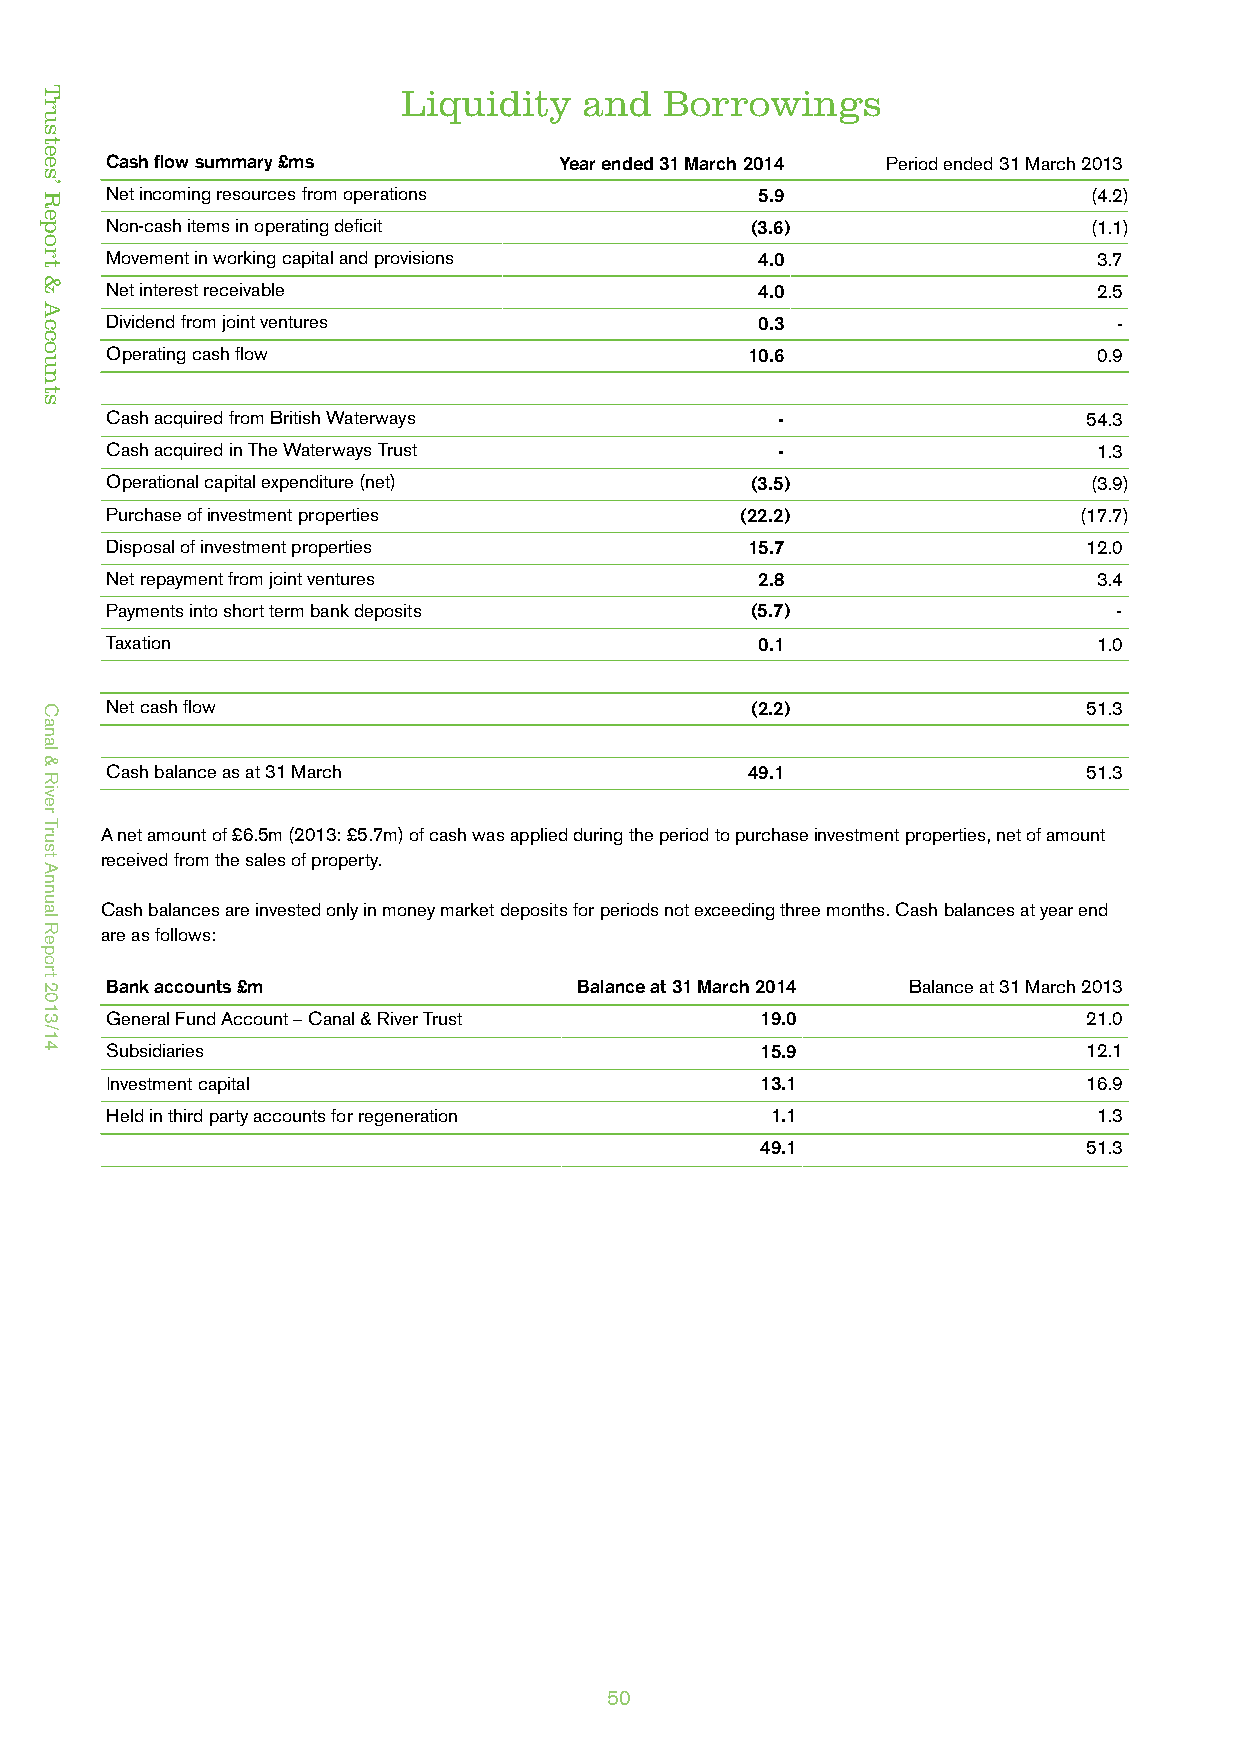
Liquidity   and  Borrowings
 Cash flow summary £ms         Year ended 31 March 2014 Period ended 31 March 2013
 Net incoming resources from operations     5.9                   (4.2)
 Non-cash items in operating deficit        (3.6)                 (1.1)
 Movement in working capital and provisions 4.0                    3.7
 Net interest receivable                    4.0                    2.5
 Dividend from joint ventures               0.3                     -
 Operating cash flow                       10.6                    0.9
 Cash acquired from British Waterways        -                    54.3
 Cash acquired in The Waterways Trust        -                     1.3
 Operational capital expenditure (net)      (3.5)                 (3.9)
 Purchase of investment properties         (22.2)                (17.7)
 Disposal of investment properties         15.7                   12.0
 Net repayment from joint ventures          2.8                    3.4
 Payments into short term bank deposits     (5.7)                   -
 Taxation                                   0.1                    1.0
 Net cash flow                              (2.2)                 51.3
 Cash balance as at 31 March               49.1                   51.3
 A net amount of £6.5m (2013: £5.7m) of cash was applied during the period to purchase investment properties, net of amount
 received from the sales of property.
 Cash balances are invested only in money market deposits for periods not exceeding three months. Cash balances at year end
 are as follows:
 Bank accounts £m               Balance at 31 March 2014 Balance at 31 March 2013
 General Fund Account – Canal & River Trust 19.0                  21.0
 Subsidiaries                               15.9                  12.1
 Investment capital                         13.1                  16.9
 Held in third party accounts for regeneration 1.1                 1.3
 49.1                  51.3
 50
 Trustees’
 Report
 &
 Accounts
 Canal
 &
 River
 Trust
 Annual
 Report
 2013/14